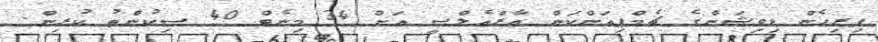
ފިރިހެން ޑިވިޝަންގެ ޗެމްޕިއަންކަން އާރްއެލްސީ އަށް 34 މިނެޓް 40 ސިކުންތު ކުރިން.